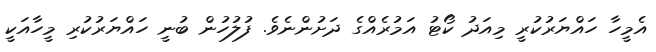
އެމީހާ ހައްޔަރުކުރީ މިއަދު ކޯޓު އަމުރެއްގެ ދަށުންނެވެ. ފުލުހުން ބުނީ ހައްޔަރުކުރި މީހާއަކީ